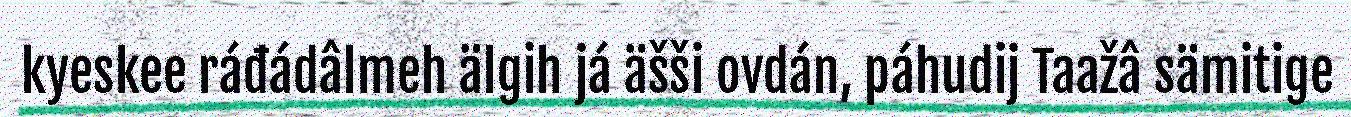
kyeskee ráđádâlmeh älgih já äšši ovdán, páhudij Taažâ sämitige